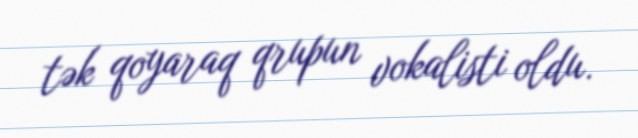
tək qoyaraq qrupun vokalisti oldu.